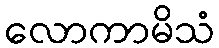
လောကာမိသံ